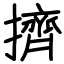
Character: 擠